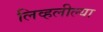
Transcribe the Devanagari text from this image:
लिव्हलील्या